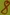
Text: 8